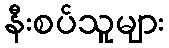
နီးစပ်သူများ